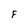
Character: F